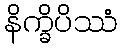
နိက္ခိပိဿံ